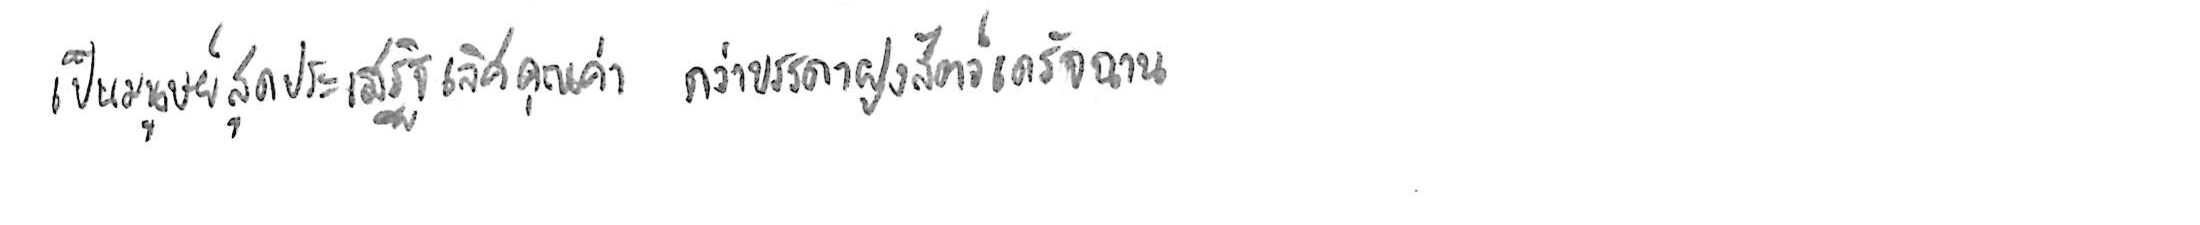
เป็นมนุษย์สุดประเสริฐเลิศคุณค่า กว่าบรรดาฝูงสัตว์เดรัจฉาน